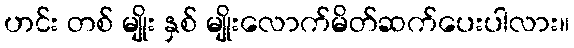
ဟင်း တစ် မျိုး နှစ် မျိုးလောက်မိတ်ဆက်ပေးပါလား။